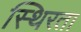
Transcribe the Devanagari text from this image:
स्थिरता